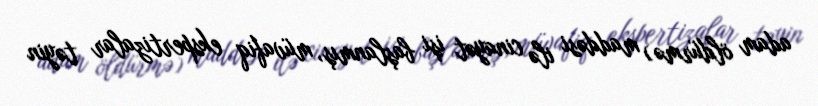
adam öldürmə) maddəsi ilə cinayət işi başlanmış, müvafiq ekspertizalar təyin